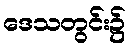
ဒေသတွင်း၌